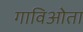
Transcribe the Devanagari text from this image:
गाविओता